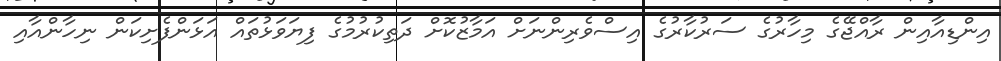
އިންޑިއާއިން ރާއްޖޭގެ މިހާރުގެ ސަރުކާރުގެ އިސްވެރިންނަށް އަމާޒުކޮށް ދަތިކުރުމުގެ ފިޔަވަޅުތައް އަޅަންފެށިކަން ނިހާންއާއި